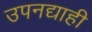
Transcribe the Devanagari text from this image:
उपनद्याही